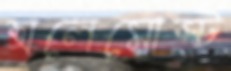
অলেমোস্ট